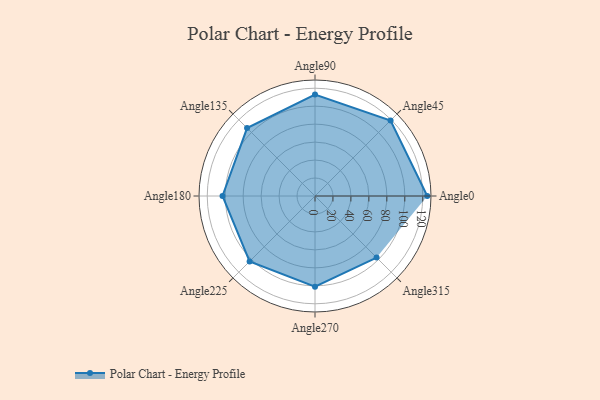
{"axis": {"x": "Angle", "y": "Radius"}, "legend": [""], "data": [{"x": "Angle0", "y": 125.0, "type": ""}, {"x": "Angle45", "y": 119.0, "type": ""}, {"x": "Angle90", "y": 113.0, "type": ""}, {"x": "Angle135", "y": 107.0, "type": ""}, {"x": "Angle180", "y": 103.0, "type": ""}, {"x": "Angle225", "y": 103.0, "type": ""}, {"x": "Angle270", "y": 101.0, "type": ""}, {"x": "Angle315", "y": 97.0, "type": ""}]}